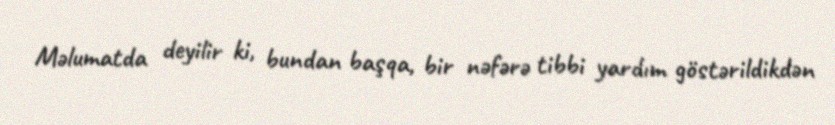
Məlumatda deyilir ki, bundan başqa, bir nəfərə tibbi yardım göstərildikdən